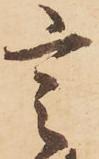
言